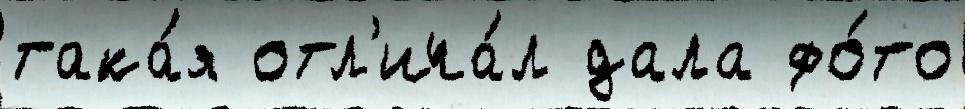
така́я отл'ича́л дала фо́то